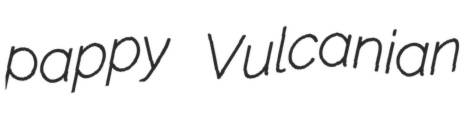
pappy Vulcanian